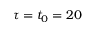
\tau = t _ { 0 } = 2 0